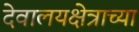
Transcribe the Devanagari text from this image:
देवालयक्षेत्राच्या